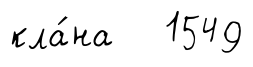
кла́на 1549